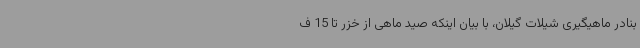
بنادر ماهیگیری شیلات گیلان، با بیان اینکه صید ماهی از خزر تا 15 ف